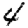
Digit: 4